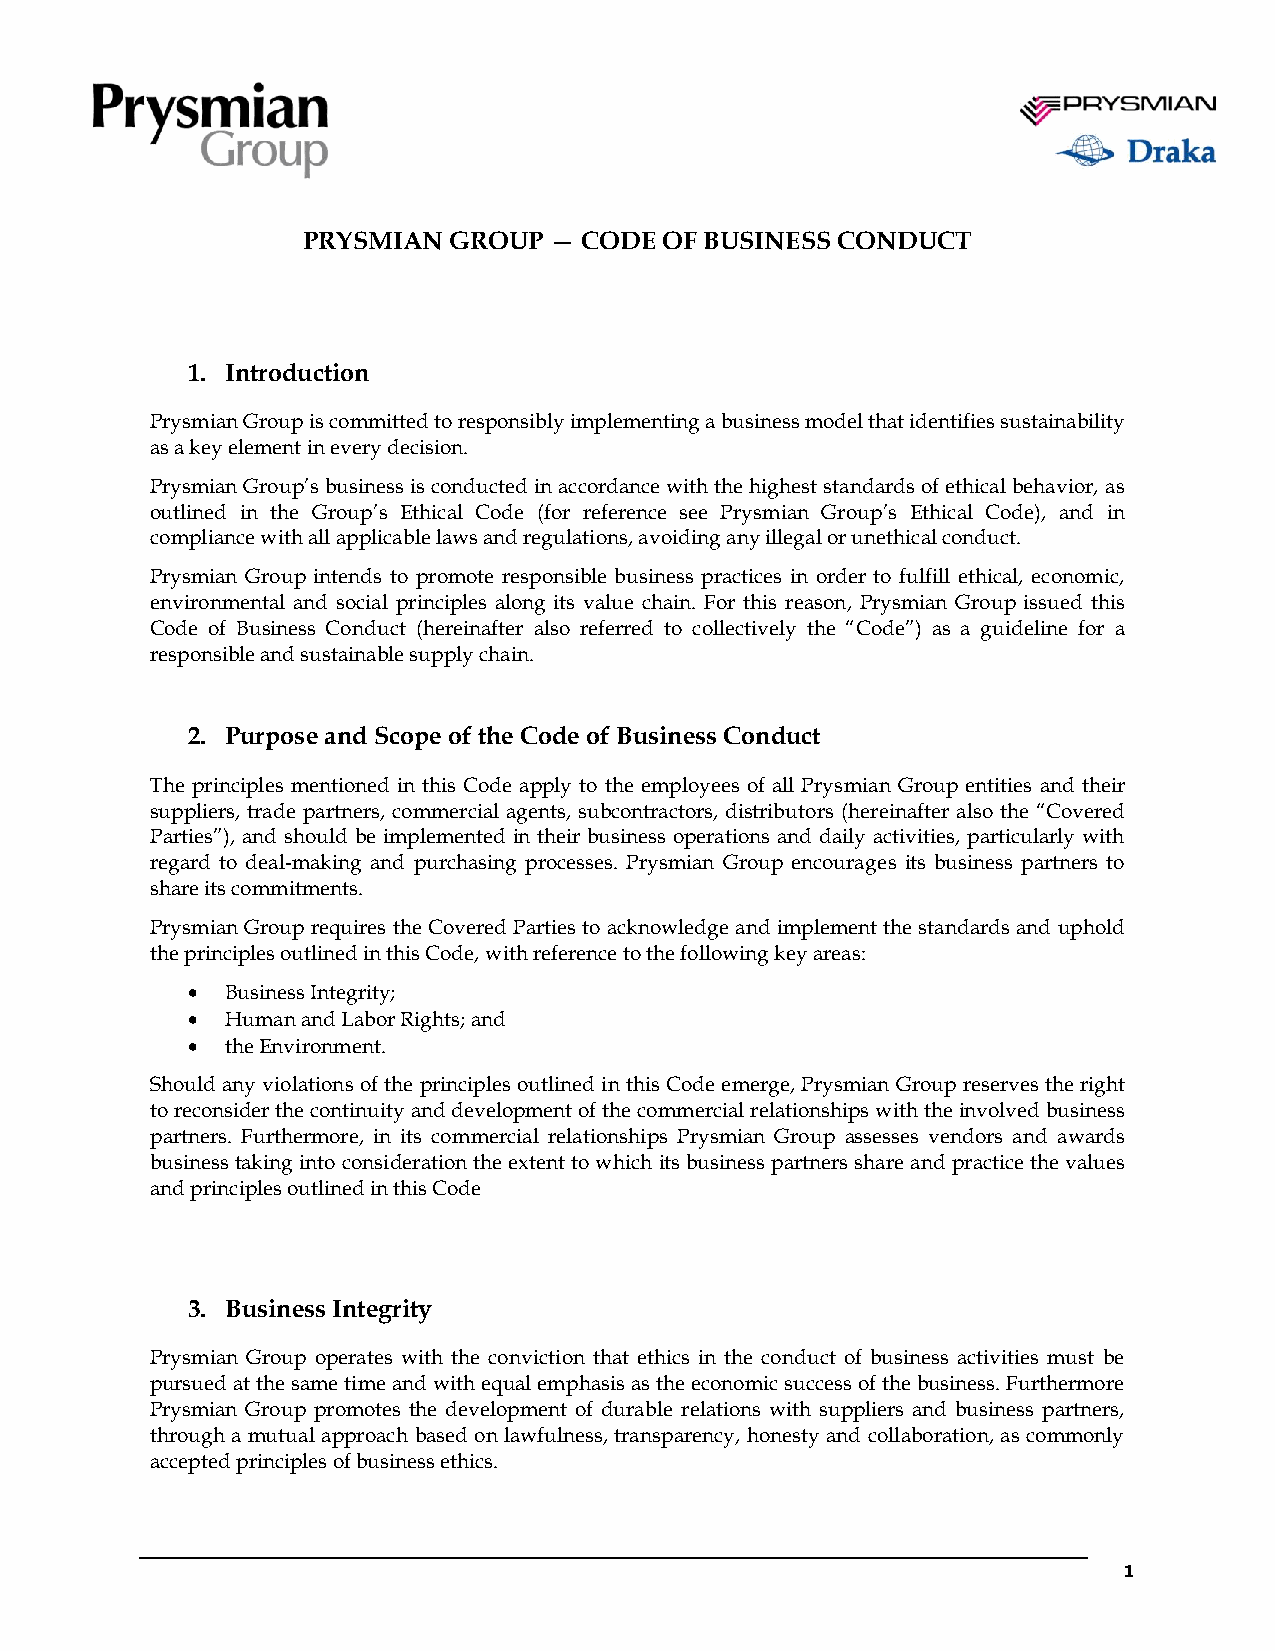
PRYSMIAN  GROUP — CODE  OF BUSINESS CONDUCT
 1. Introduction
 Prysmian Group is committed to responsibly implementing a business model that identifies sustainability
 as a key element in every decision.
 Prysmian Group’s business is conducted in accordance with the highest standards of ethical behavior, as
 outlined in the Group’s Ethical Code (for reference see Prysmian Group’s Ethical Code), and in
 compliance with all applicable laws and regulations, avoiding any illegal or unethical conduct.
 Prysmian Group intends to promote responsible business practices in order to fulfill ethical, economic,
 environmental and social principles along its value chain. For this reason, Prysmian Group issued this
 Code of Business Conduct (hereinafter also referred to collectively the “Code”) as a guideline for a
 responsible and sustainable supply chain.
 2. Purpose and Scope of the Code of Business Conduct
 The principles mentioned in this Code apply to the employees of all Prysmian Group entities and their
 suppliers, trade partners, commercial agents, subcontractors, distributors (hereinafter also the “Covered
 Parties”), and should be implemented in their business operations and daily activities, particularly with
 regard to deal-making and purchasing processes. Prysmian Group encourages its business partners to
 share its commitments.
 Prysmian Group requires the Covered Parties to acknowledge and implement the standards and uphold
 the principles outlined in this Code, with reference to the following key areas:
   Business Integrity;
   Human and Labor Rights; and
   the Environment.
 Should any violations of the principles outlined in this Code emerge, Prysmian Group reserves the right
 to reconsider the continuity and development of the commercial relationships with the involved business
 partners. Furthermore, in its commercial relationships Prysmian Group assesses vendors and awards
 business taking into consideration the extent to which its business partners share and practice the values
 and principles outlined in this Code
 3. Business Integrity
 Prysmian Group operates with the conviction that ethics in the conduct of business activities must be
 pursued at the same time and with equal emphasis as the economic success of the business. Furthermore
 Prysmian Group promotes the development of durable relations with suppliers and business partners,
 through a mutual approach based on lawfulness, transparency, honesty and collaboration, as commonly
 accepted principles of business ethics.
 1